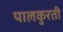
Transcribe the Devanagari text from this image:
पालकुरती